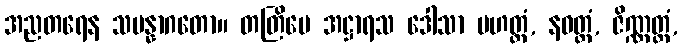
အညတရေန သမန္နာဂတော။ တတြိမေ အဋ္ဌာရသ ဒေါသာ မဟတ္တံ, နဝတ္တံ, ဇိဏ္ဏတ္တံ,